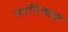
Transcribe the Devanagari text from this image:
कापित्थक